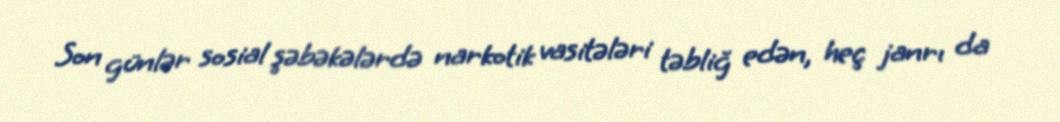
Son günlər sosial şəbəkələrdə narkotik vasitələri təbliğ edən, heç janrı da